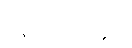
သူ့အထဲတွင်